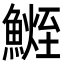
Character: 𩺧